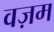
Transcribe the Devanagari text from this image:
वज़म